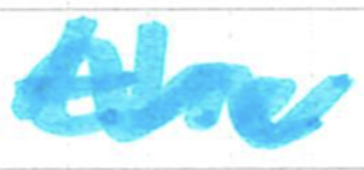
Text: the
Cross-out: wave
Writing tool: marker